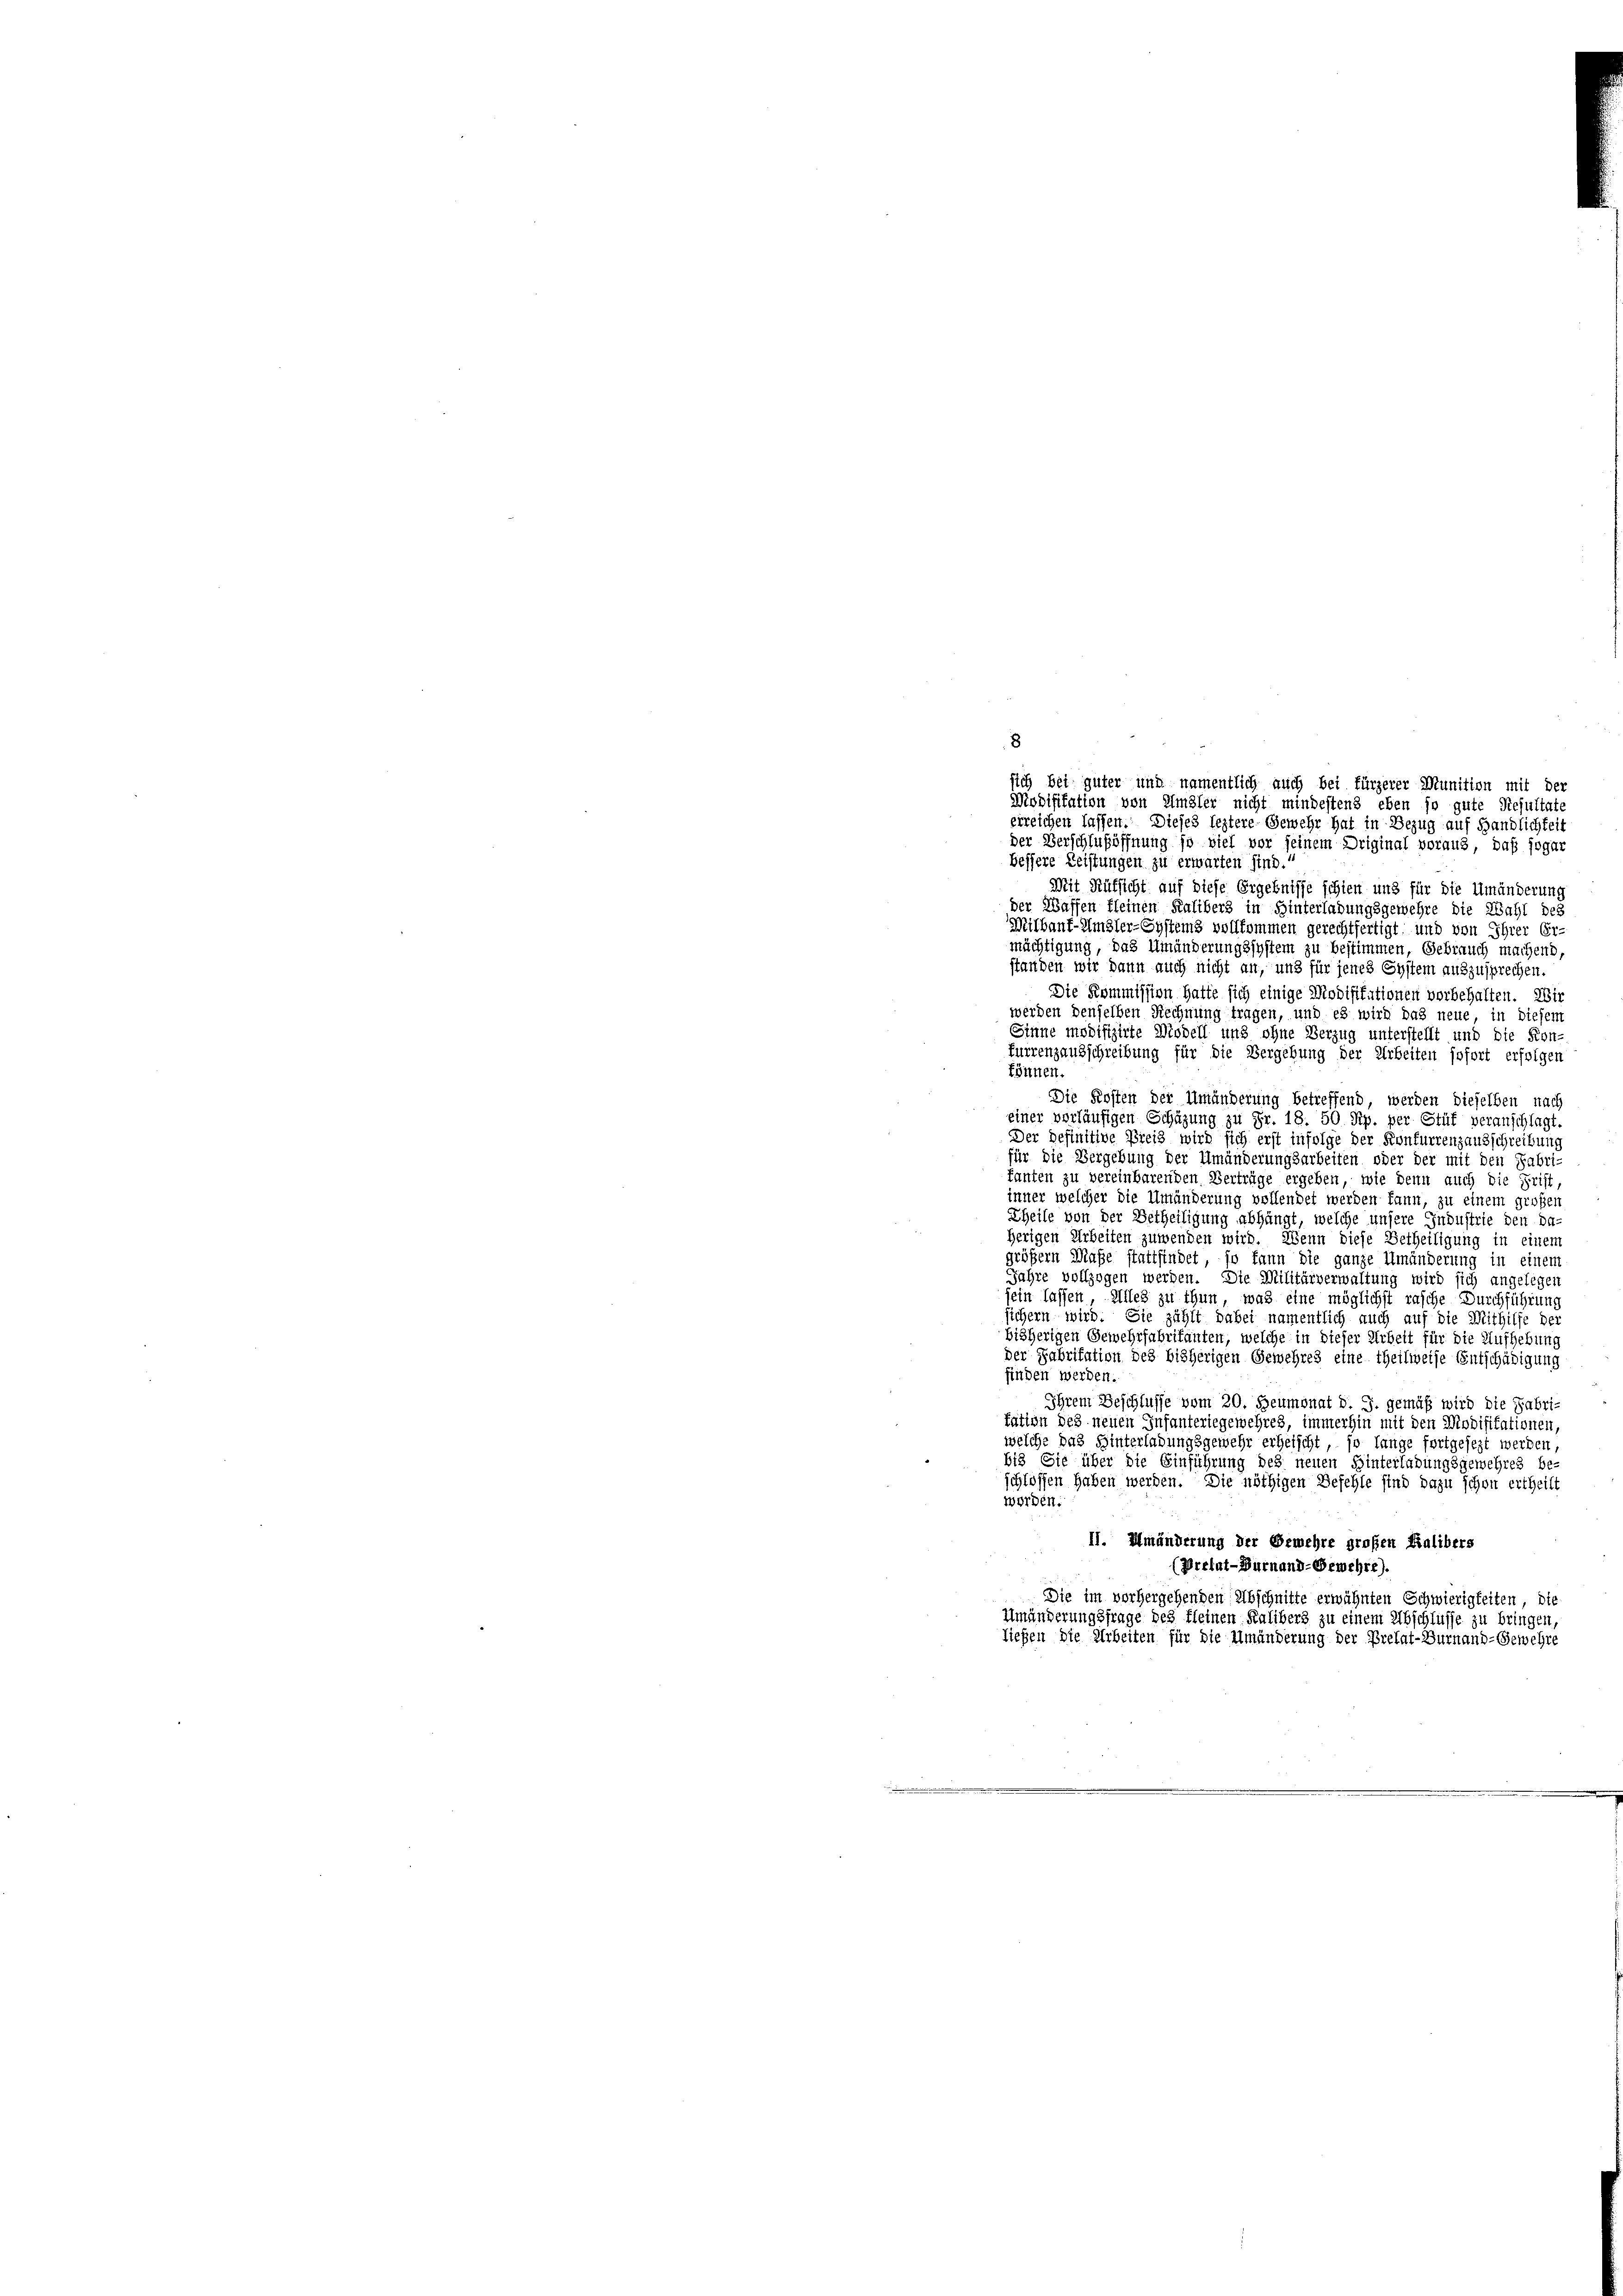
sich bei guter und namentlich auch bei fürzerer Munition mit der
Modifikation von Amsler nicht mindestens eben so gute Resultate
erreichen lassen. Dieses leztere Gewehr hat in Bezug auf Händlichkeit
der Verschlußöffnung so viel vor seinem Driginal voraus, daß sogar
bessere Leistungen zu erwarten sind.
Mit Aufsicht auf diese Ergebnisse schien und für die Umänderung
der Waffen kleinen Kalibers in Hinterladungsgewehre die Wahl des
Mithanf-Umsler-Systems vollkommen gerechtfertigt und von Ihrer Er-
mächtigung, das Umänderungssystem zu bestimmen, Gebrauch machend,
standen wir dann auch nicht an, und für jenes System auszusprechen.
Die Kommission hatte sich einige Modifikationen vorbehalten. Wir
werden denselben Rechnung tragen, und es wird das neue in diesem
Sinne modifizirte Modell und ohne Verzug unterstellt und die Kon-
Furrenzausschreibung für die Vergehung der Arbeiten sofort erfolgen
können.
Die Kosten der Umänderung betreffend, werden dieselben nach
einer vorläufigen Schüzung zu Fr. 18. 50 Rp. per Stuf veranschlagt.
Der Befinitive Preis wird sich erst infolge der Konfurrenzausschreibung
für die Vergebung der Umänderungsarbeiten oder der mit den Fabri-
fanten zu vereinbarenden Verträge ergeben, wie denn auch die Frist,
inner welcher die Umänderung vollendet werden kann, zu einem großen
heile von der Betheiligung abhängt, welche unsere Industrie den das
herigen Arbeiten zuwenden wird. Wenn diese Betheiligung in einem
größern Maße stattfindet so kann die ganze Umänderung in einen
Jahre vollzogen werden. Die Militärverwaltung wird sich angelegen
sein lassen Alles zu thun, was eine möglichst rasche Durchführung
sichern wird. Sie zählt dabei namentlich auch auf die Mithilfe der
bisherigen Gewehrfabritanten, welche in dieser Arbeit für die Aufhebung
der Fabritation des bisherigen Gewehres eine theilweise Entschädigung
finden werden
Ihrem Beschlusse vom 20. Heumonat J. J. gemäß wird die Fabri-
tation des neuen Infanteriegewehres, immerhin mit den Modifikationen,
welche das Hinterladungsgemehr erheischt, so lange fortgesezt werden,
b13 Sie über die Einführung des neuen Hinterladungsgewehres be-
schlossen haben werden. Die nöthigen Befehle sind dazu schon ertheilt
worden:
11. Umänderung der Gemehre großen Kalibers
(Pretat-Burnand-Gewehre).
Die im vorhergehenden Abschnitte erwähnten Schwierigkeiten die
Umänderungsfrage des Kleinen Kalibers zu einem Abschlüsse zu bringen,
ließen die Arbeiten für die Umänderung der Prelat-Turnand-Gewehre

8